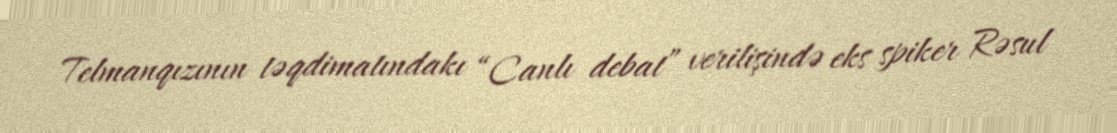
Telmanqızının təqdimatındakı “Canlı debat” verilişində eks spiker Rəsul